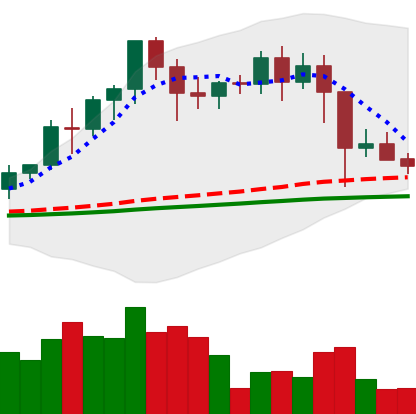
Ticker: EOS-USD
Chart end date: 2021-02-26
Forward return: 7.98%
Label: up_7plus